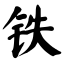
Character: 铁